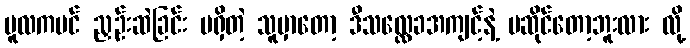
မူလကပင် ညှဉ်းဆဲခြင်း မရှိတဲ့ သူမှာတော့ ဒီသလ္လေခအကျင့်နဲ့ မဆိုင်တော့ဘူးလား လို့